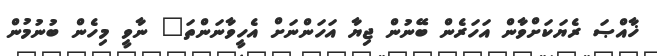
ޚާއްޞަ ރެޔަކަށްވާން އަހަރެން ބޭނުން ޖިޔާ އަހަންނަށް އެހީވާނަންތަ" ނާވީ މިހެން ބުނުމުން